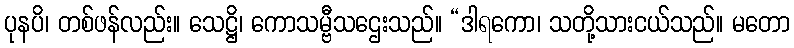
ပုနပိ၊ တစ်ဖန်လည်း။ သေဋ္ဌိ၊ ကောသမ္ဗီသဌေးသည်။ “ဒါရကော၊ သတို့သားငယ်သည်။ မတော